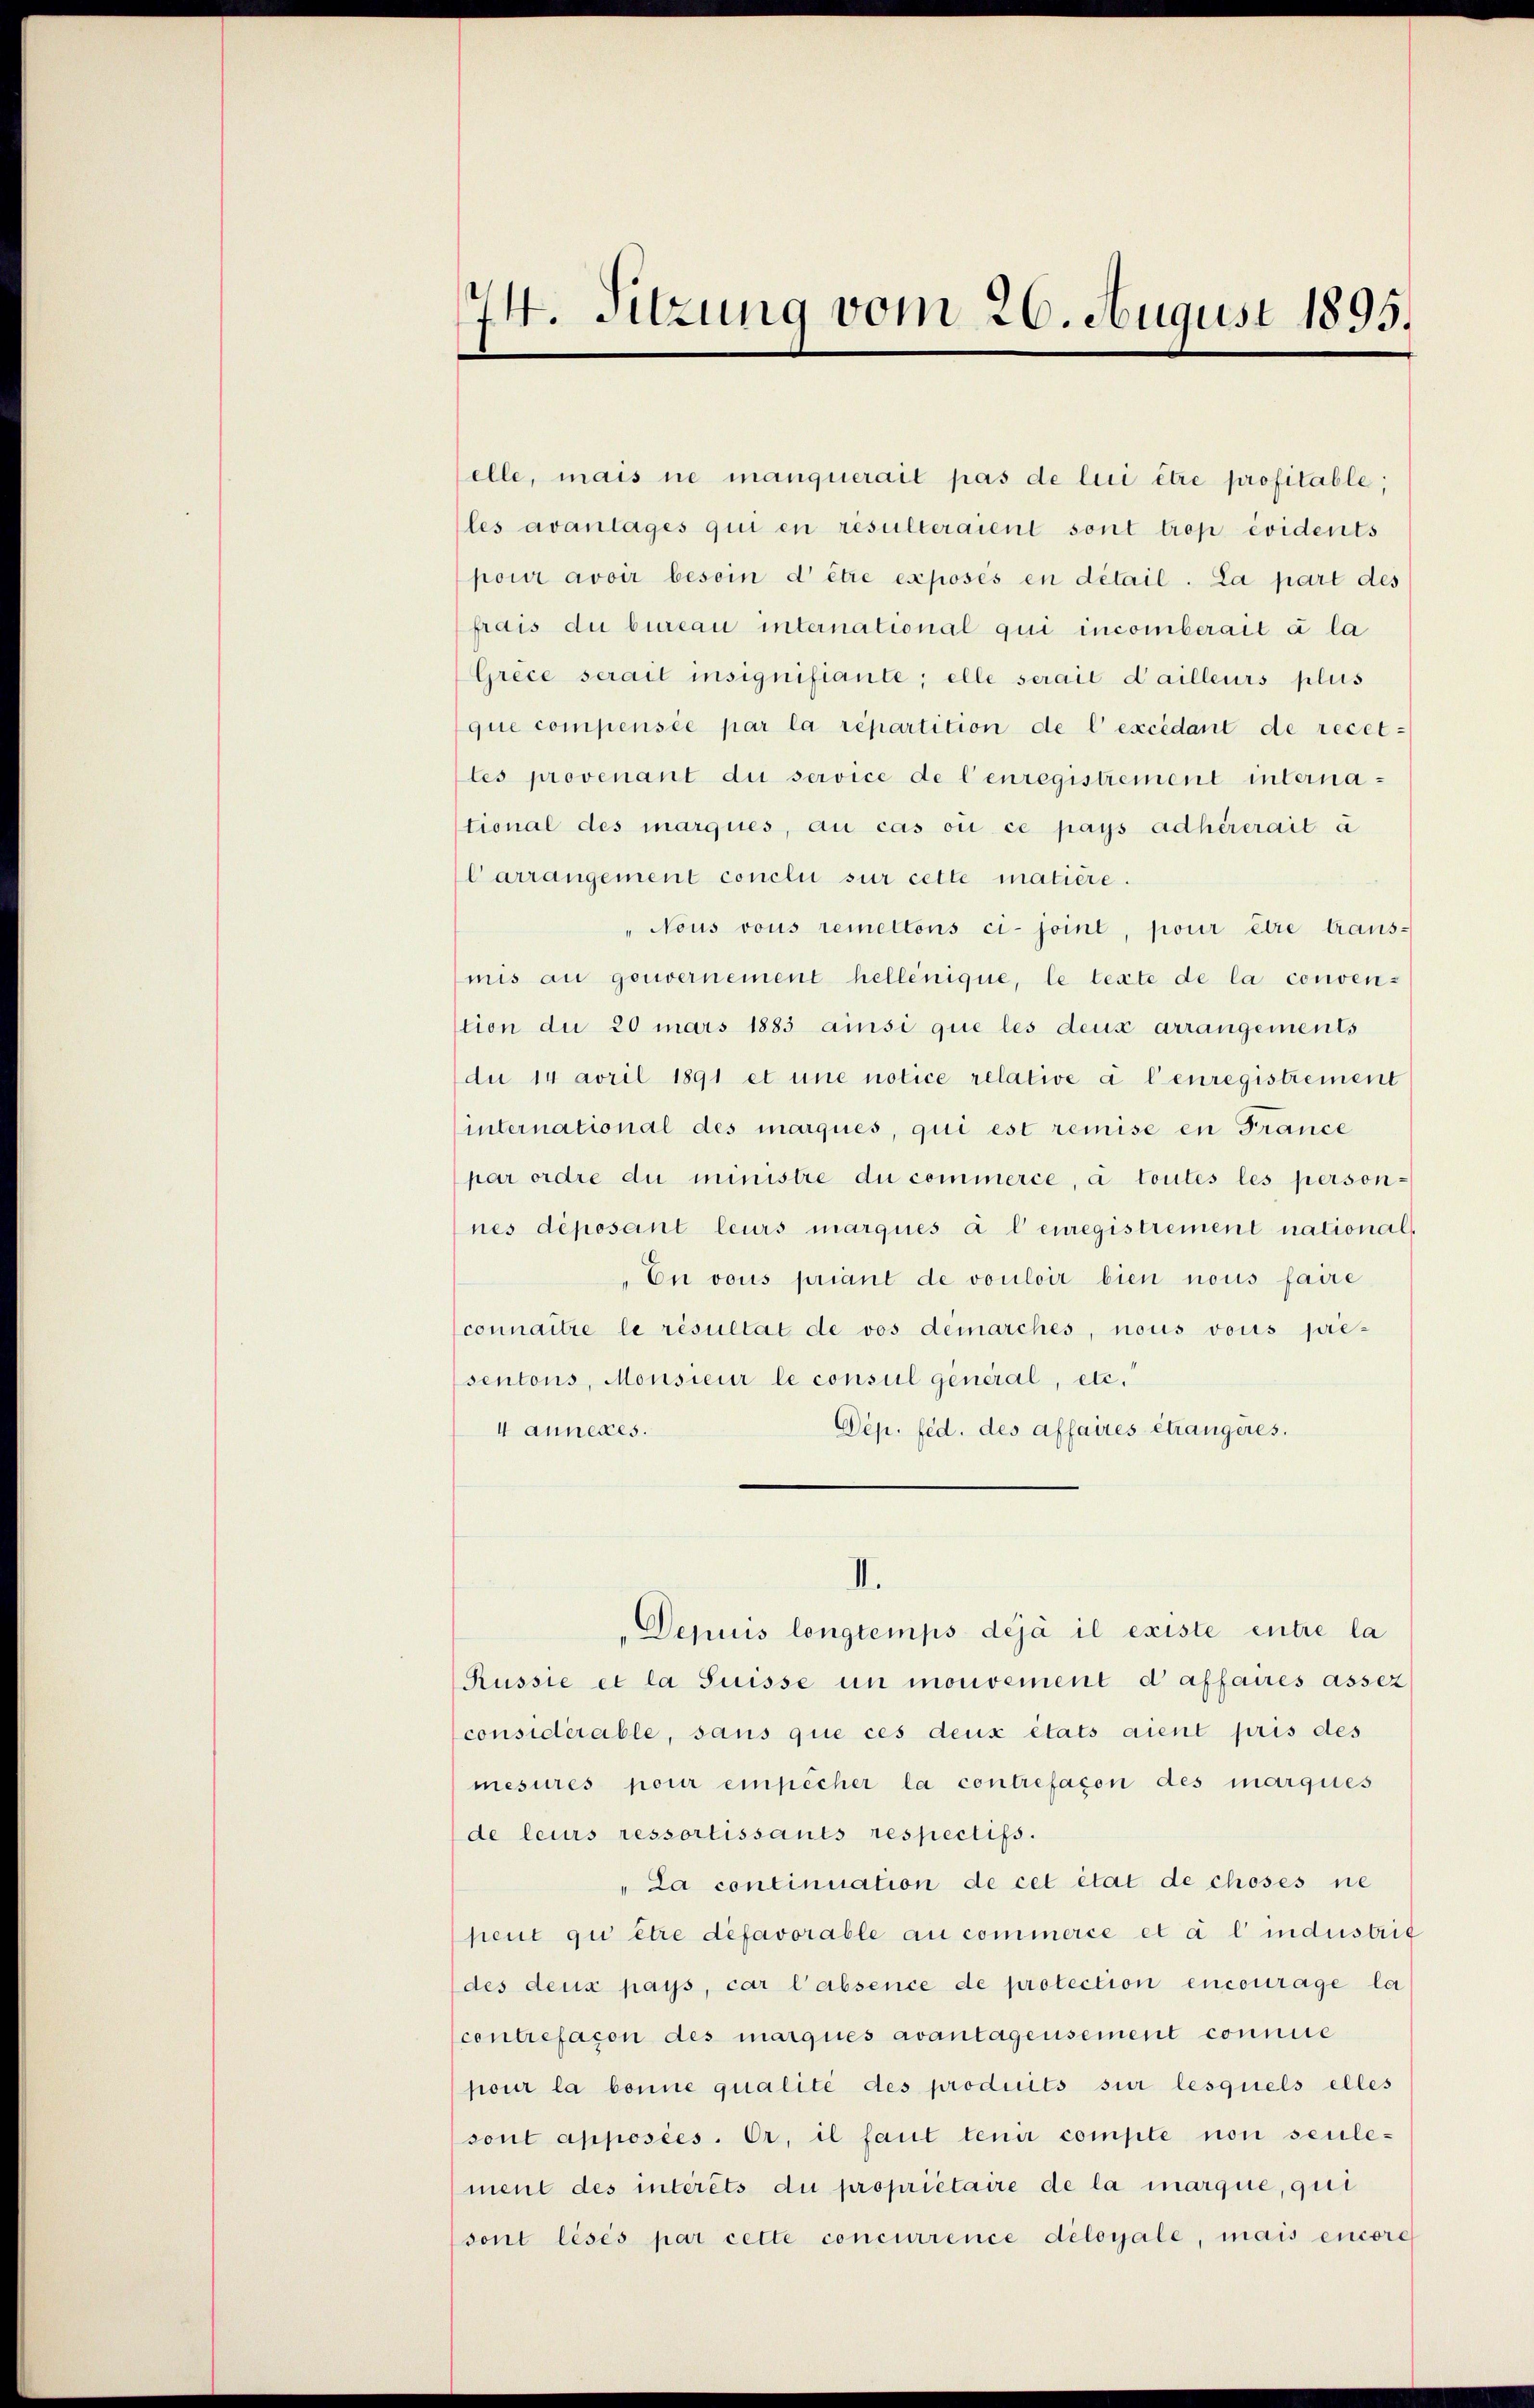
74. Sitzung vom 26. August 1895.

elle, mais ne manquerait pas de lui être profitable;
les avantages qui en resulteraient sont trop evidents
pour avoir besoin d’être exposés en détail. La part des
frais du bureau international qui incomberait à la
Grèce serait insignifiante; elle serait d’ailleurs plus
que compensée par la répartition de l’excédant de recet-
les provenant die service de l’enregistrement international des marques, au cas où ce pays adhérerait à
Carrangement concli sur cette matière.
Nous vous remettons ci- joint, pour être traus-
mis au gouvernement hellenique, le texte de la conven-
stion die 20 mars 1883 ainsi que les deux arrangements
du 14 avril 1891 et une notice relative à l’enregistrement
international des marques, qui est remise en France
par ordre du ministre du commerce, à toutes les person-
nes déposant leurs marques à leuregistrement national-
En vous priant de vouloir bien nous faire
connaitre le résultat de vos demarches, nous vous pie-
sentons, Monsieur le consul general, etc.
Dép. fed. des affaires étrangeres.
4 anneres.
II.
Depuis longtemps déjà il existe entre la
Russie et la Suisse un mouvement daffaires assez
considérable, sans que ces deux états aient pris des
mesures pour einpecher la contrefason des marques
de leurs ressortissants respectifs.
"La continuation de cet état de choses ne
sent gu être défavorable au commerce et à l’industrit
(des deux pays, car l’absence de protection encourage la
contrefacon des marques avantagensement connie
pour la bonne qualité des produits sur lesquels elles
sont apposées. Er, il faut tenir compte non seule-
ment des intérêts du propriétaire de la marque, qui
sont lésés par cette concurrence deloyale, mais encore